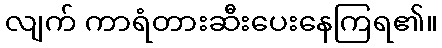
လျက် ကာရံတားဆီးပေးနေကြရ၏။